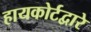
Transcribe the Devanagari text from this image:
हायकोर्टद्वारे